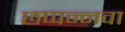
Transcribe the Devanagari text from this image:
छप्पन्नवा